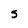
Character: S